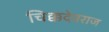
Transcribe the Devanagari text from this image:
चिक्कदेवराज